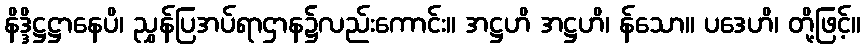
နိဒ္ဒိဋ္ဌဋ္ဌာနေပိ၊ ညွှန်ပြအပ်ရာဌာန၌လည်းကောင်း။ အဋ္ဌဟိ အဋ္ဌဟိ၊ န်သော။ ပဒေဟိ၊ တို့ဖြင့်။